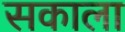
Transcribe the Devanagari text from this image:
सकाला